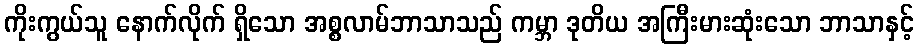
ကိုးကွယ်သူ နောက်လိုက် ရှိသော အစ္စလာမ်ဘာသာသည် ကမ္ဘာ ဒုတိယ အကြီးမားဆုံးသော ဘာသာနှင့်